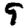
Digit: 9